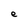
Character: e